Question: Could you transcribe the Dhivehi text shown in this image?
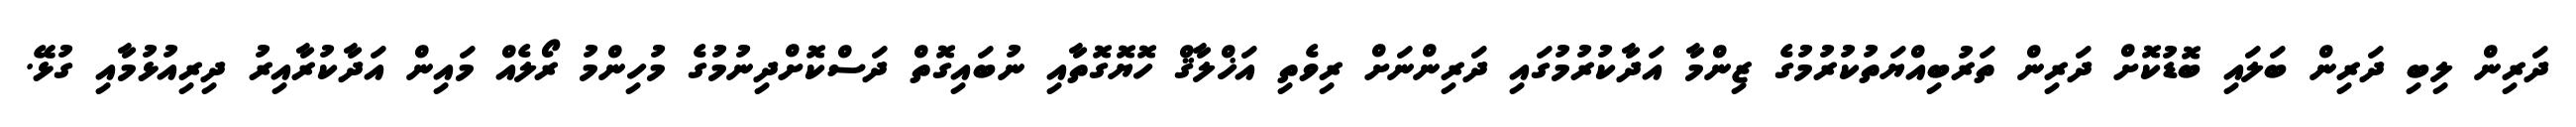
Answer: ދަރިން ލިބި ދަރިން ބަލައި ބޮޑުކޮށް ދަރިން ތަރުބިއްޔަތުކުރުމުގެ ޒިންމާ އަދާކުރުމުގައި ދަރިންނަށް ރިވެތި އަޚްލާޤް ހޮޔޮގޮތާއި ނުބައިގޮތް ދަސްކޮށްދިނުމުގެ މުހިންމު ރޯލެއް މައިން އަދާކުރާއިރު ދިރިއުޅުމާއި ގުޅޭ.